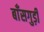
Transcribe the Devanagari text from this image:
बाँसगुड़ी